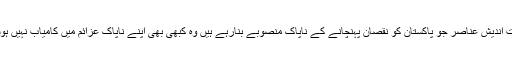
چند ناعاقبت اندیش عناصر جو پاکستان کو نقصان پہنچانے کے ناپاک منصوبے بنارہے ہیں وہ کبھی بھی اپنے ناپاک عزائم میں کامیاب نہیں ہوسکیں گے۔